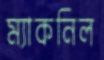
ম্যাকনিল